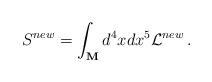
LaTeX: \begin{align*}S^{new}= \int _{\bf M}d^4 x dx^5 {\cal L}^{new}\, .\end{align*}